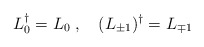
\begin{align*}L_0^\dag = L_0 \; , \quad (L_{\pm 1} )^\dag = L_{\mp 1}\end{align*}